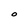
Character: O